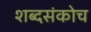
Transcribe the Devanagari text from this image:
शब्दसंकोच